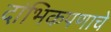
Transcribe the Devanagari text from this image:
दांभिकपणाचे